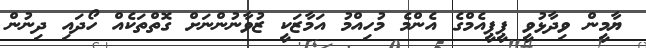
ޔާމީން ވިދާޅުވީ ޕީޕީއެމްގެ އެންމެ މުހިއްމު އަމާޒަކީ ޒުވާނުންނަށް ގޮތްތަކެއް ހޯދައި ދިނުން